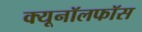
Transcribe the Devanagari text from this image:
क्यूनॉलफॉस